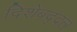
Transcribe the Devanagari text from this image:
दिशेबद्दल